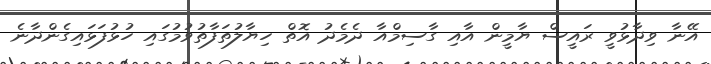
އޭނާ ވިދާޅުވީ ރައީސް ޔާމީން އާއި ގާސިމްއާ ދެމެދު އޮތް ހިޔާލުތަފާތުވުމުގައި ހުޅުފަޅައިގެންދާނެ